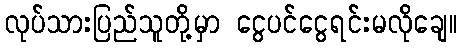
လုပ်သားပြည်သူတို့မှာ ငွေပင်ငွေရင်းမလိုချေ။